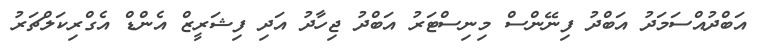
އަބްދުއްސަމަދު އަބްދު ފިނޭންސް މިނިސްޓަރު އަބްދު ޖިހާދު އަދި ފިޝަރީޒް އެންޑް އެގްރިކަލްޗަރު